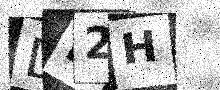
Text: DL2H